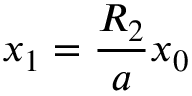
x _ { 1 } = \frac { R _ { 2 } } { a } x _ { 0 }